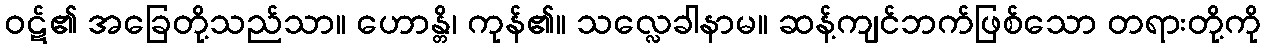
ဝဋ်၏ အခြေတို့သည်သာ။ ဟောန္တိ၊ ကုန်၏။ သလ္လေခါနာမ။ ဆန့်ကျင်ဘက်ဖြစ်သော တရားတို့ကို